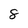
Character: 8